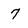
Character: 7